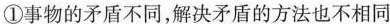
①事物的矛盾不同，解决矛盾的方法也不相同